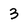
Character: 3